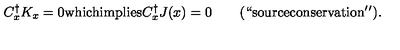
C _ { x } ^ { \dagger } K _ { x } = 0 \mathrm { w h i c h i m p l i e s } C _ { x } ^ { \dagger } J ( x ) = 0 \qquad \mathrm { ( ` ` s o u r c e c o n s e r v a t i o n ' ' ) } .